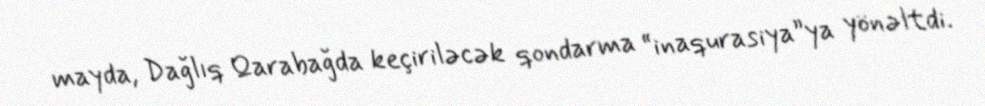
mayda, Dağlıq Qarabağda keçiriləcək qondarma “inaqurasiya”ya yönəltdi.